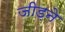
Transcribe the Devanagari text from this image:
जीड़ने